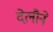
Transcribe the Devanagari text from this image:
देलौने